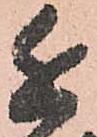
近